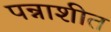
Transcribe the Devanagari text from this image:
पन्नाशीत